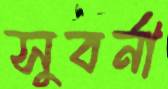
সুবর্না